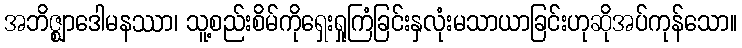
အဘိဇ္ဈာဒေါမနဿာ၊ သူ့စည်းစိမ်ကိုရှေးရှုကြံခြင်းနှလုံးမသာယာခြင်းဟုဆိုအပ်ကုန်သော။